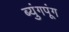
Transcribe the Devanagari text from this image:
ब्युंगपूंग